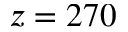
z = 2 7 0